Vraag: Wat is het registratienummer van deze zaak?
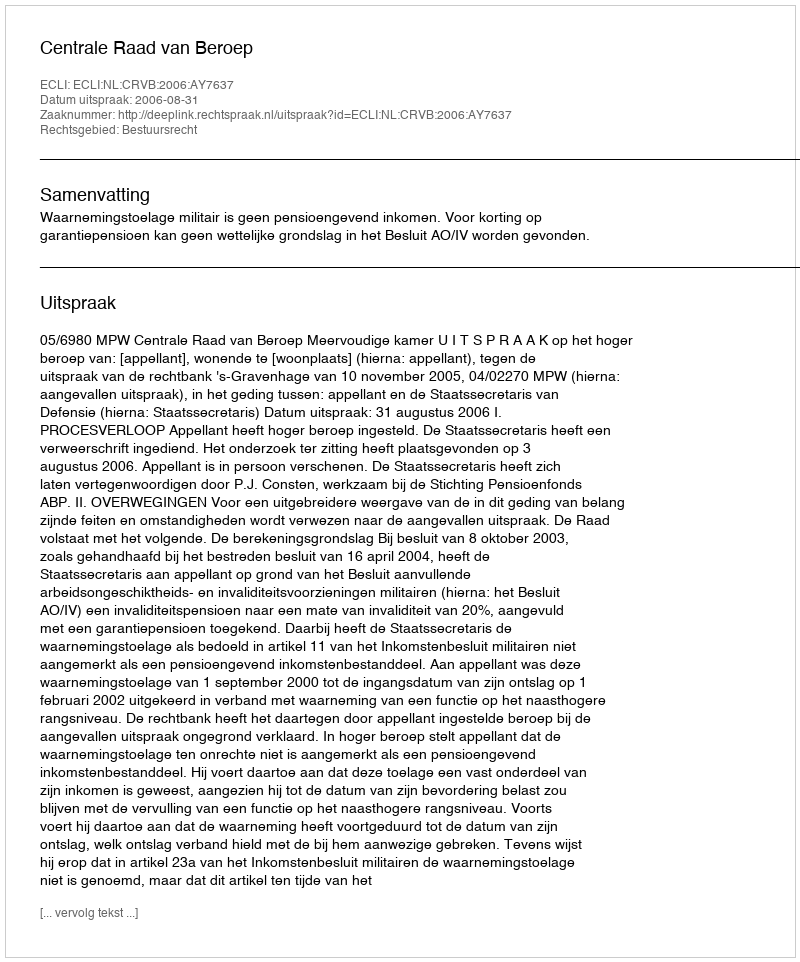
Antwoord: http://deeplink.rechtspraak.nl/uitspraak?id=ECLI:NL:CRVB:2006:AY7637